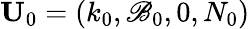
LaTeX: {\mathbf U}_{0}=(k_{0},\mathscr{B}_{0},0,N_{0})